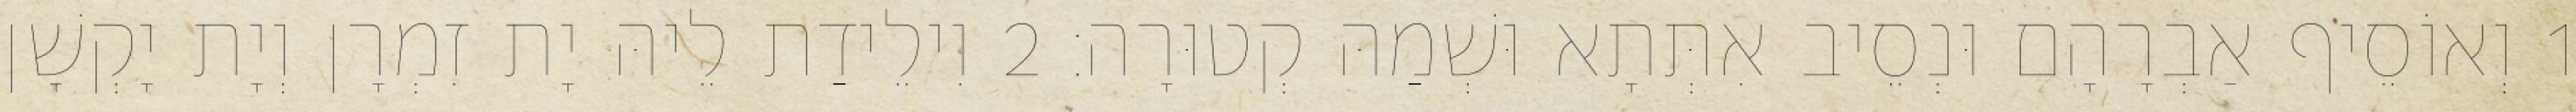
1 וְאוֹסֵיף אַבְרָהָם וּנְסֵיב אִתְּתָא וּשְׁמַהּ קְטוּרָה׃ 2 וִילֵידַת לֵיהּ יָת זִמְרָן וְיָת יָקְשָׁן